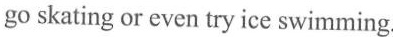
go skating or even try ice swimming.